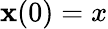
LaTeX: \mathbf{x}(0)=x